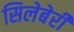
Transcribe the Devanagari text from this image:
सिलेबेरी